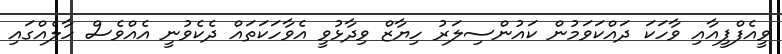
ވީއެފްޕީއާއި ވާހަކަ ދައްކަވަމުން ކައުންސިލަރު ހިޔާޒް ވިދާޅުވީ އެވާހަކަތައް ދެކެވުނީ އެއްވެސް ހާލެއްގައި